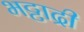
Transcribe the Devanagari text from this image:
भट्टाद्री